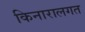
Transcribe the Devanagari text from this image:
किनारालगत